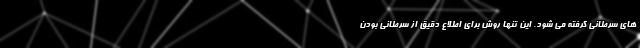
های سرطانی گرفته می شود. این تنها روش برای اطلاع دقیق از سرطانی بودن